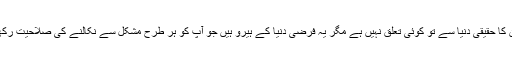
اگرچہ ان کا حقیقی دنیا سے تو کوئی تعلق نہیں ہے مگر یہ فرضی دنیا کے ہیرو ہیں جو آپ کو ہر طرح مشکل سے نکالنے کی صلاحیت رکھتے ہیں۔